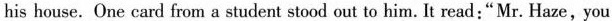
his house. One card from a student stood out to him. It read:"Mr. Haze,you